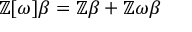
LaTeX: \mathbb { Z } [ \omega ] \beta = \mathbb { Z } \beta + \mathbb { Z } \omega \beta